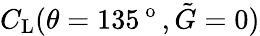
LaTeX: C_{\textup{L}}(\theta=135^{\mathrm{~o~}},\tilde{G}=0)